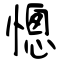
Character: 憁